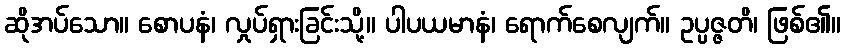
ဆိုအပ်သော။ စောပနံ၊ လှုပ်ရှားခြင်းသို့။ ပါပယမာနံ၊ ရောက်စေလျက်။ ဥပ္ပဇ္ဇတိ၊ ဖြစ်၏။